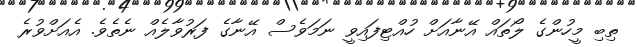
ތިބި މީހުންގެ ލޯތައް އޭނާއަށް ހުއްޓިފައިވީ ނަމަވެސް އޭނާގެ ފަރުވާލެއް ނެތެވެ. އެއަށްވުރެ